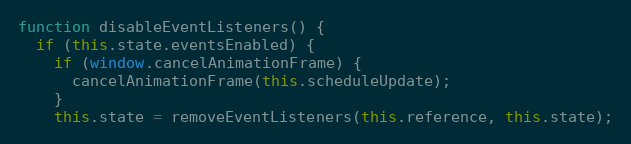
Language: JavaScript
function disableEventListeners() {
  if (this.state.eventsEnabled) {
    if (window.cancelAnimationFrame) {
      cancelAnimationFrame(this.scheduleUpdate);
    }
    this.state = removeEventListeners(this.reference, this.state);